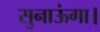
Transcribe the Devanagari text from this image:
सुनाऊंगा।